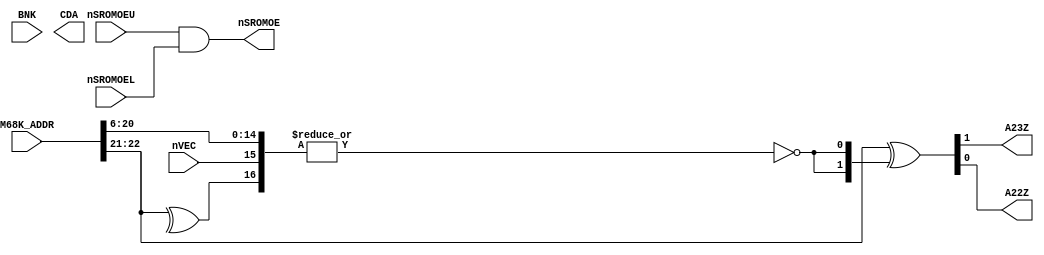
module neo_e0(
	input [23:1] M68K_ADDR,
	input [2:0] BNK,
	input nSROMOEU, nSROMOEL,
	output nSROMOE,
	input nVEC,
	output A23Z, A22Z,
	output [23:0] CDA
);
	assign nSROMOE = nSROMOEU & nSROMOEL;
	assign {A23Z, A22Z} = M68K_ADDR[23:22] ^ {2{~|{M68K_ADDR[21:7], ^M68K_ADDR[23:22], nVEC}}};
endmodule